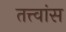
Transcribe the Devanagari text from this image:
तत्त्वांस